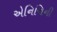
એનિચિની